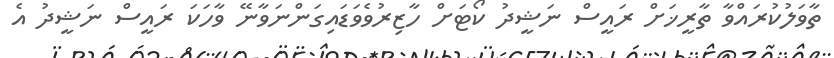
ތާވަލުކުރައްވާ ތާރީޚަށް ރައީސް ނަޝީދު ކޯޓަށް ހާޒިރުވެވަޑައިގަންނަވާނޭ ވާހަކަ ރައީސް ނަޝީދު އެ